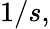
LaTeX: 1/s,